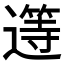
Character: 𲅷